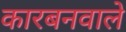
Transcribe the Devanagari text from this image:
कारबनवाले